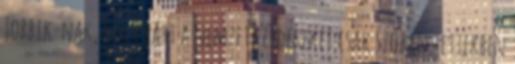
Jobbik-nak, mely párt a nemzeti érdekeket csak szóban tettekben